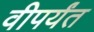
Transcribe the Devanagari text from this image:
वीपर्यंत